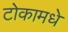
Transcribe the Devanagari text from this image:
टोकामधे